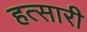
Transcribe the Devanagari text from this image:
हत्सारी